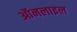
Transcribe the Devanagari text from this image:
ऑनलाइल